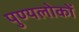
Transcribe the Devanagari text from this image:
पुण्यलोकों